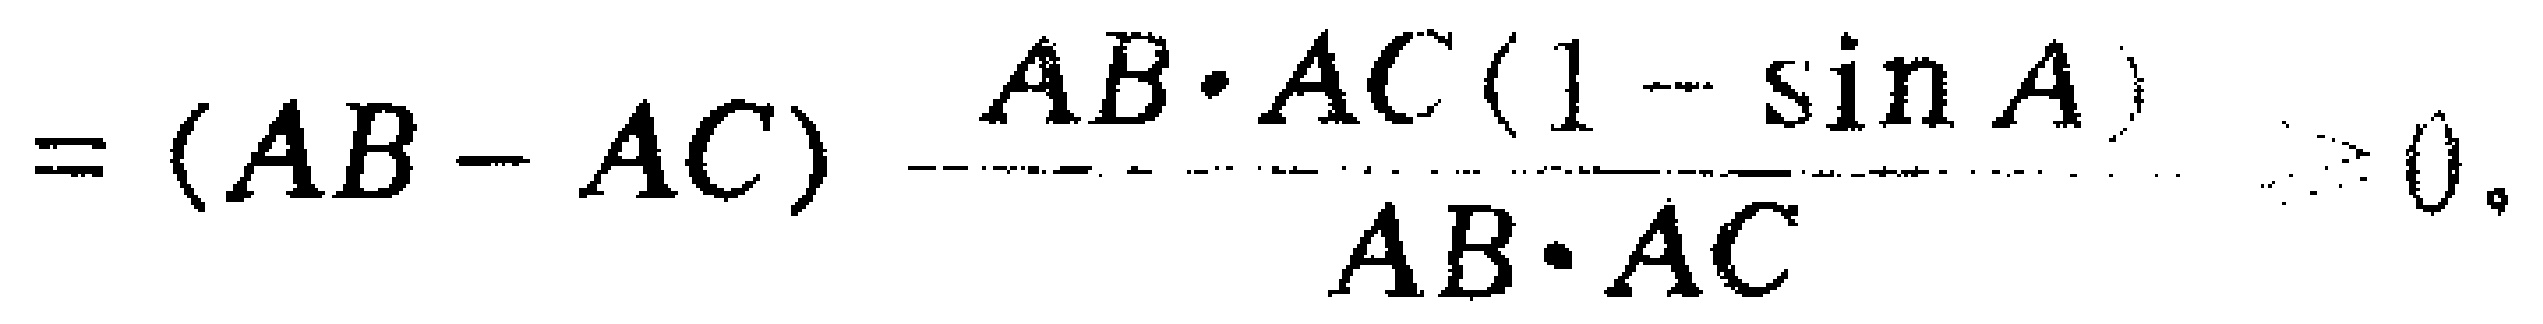
$=(AB - AC)\frac{AB\cdot AC(1 - \sin A)}{AB\cdot AC}>0$